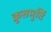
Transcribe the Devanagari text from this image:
क्रूसमूर्ति